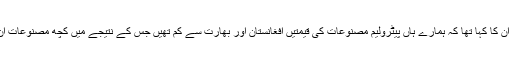
شناخت نہ ظاہر کرنے کی شرط پر ان کا کہا تھا کہ ہمارے ہاں پیٹرولیم مصنوعات کی قیمتیں افغانستان اور بھارت سے کم تھیں جس کے نتیجے میں کچھ مصنوعات ان ممالک کو اسمگل کی جارہی تھیں۔